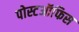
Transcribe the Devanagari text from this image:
पोस्टऑफिस